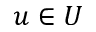
u \in U